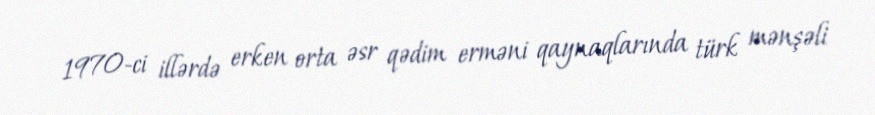
1970-ci illərdə erken orta əsr qədim erməni qaynaqlarında türk mənşəli